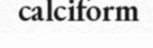
calciform